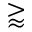
\gtrapprox